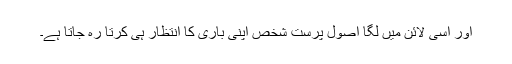
اور اسی لائن میں لگا اصول پرست شخص اپنی باری کا انتظار ہی کرتا رہ جاتا ہے۔